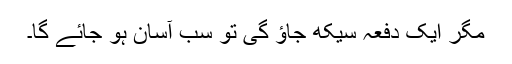
مگر ایک دفعہ سیکھ جاؤ گی تو سب آسان ہو جائے گا۔